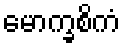
မောက္ခစိကံ